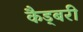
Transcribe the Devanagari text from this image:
कैड्बरी